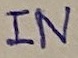
Text: IN